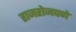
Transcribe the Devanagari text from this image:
राजरोजपणे